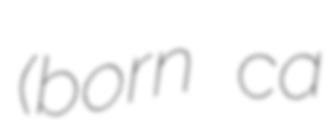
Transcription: (born ca